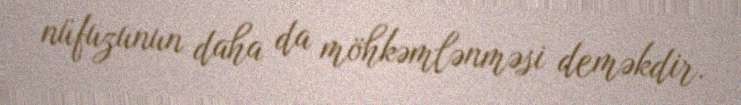
nüfuzunun daha da möhkəmlənməsi deməkdir.